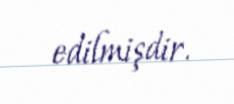
edilmişdir.